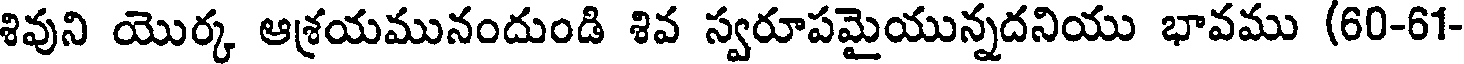
శివుని యొర్క ఆశ్రయమునందుండి శివ స్వరూపమైయున్నదనియు భావము (60-61-